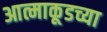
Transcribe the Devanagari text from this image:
आत्माकूडच्या